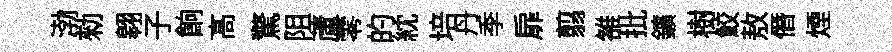
渤勑翱子餉髙驚阻蘆零的紞培丹季扉翦雒批鑛樹鮫敖僭煙